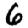
Digit: 6